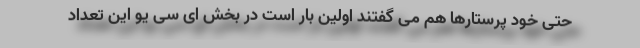
حتی خود پرستارها هم می گفتند اولین بار است در بخش ای سی یو این تعداد